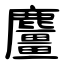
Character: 麠